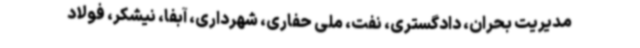
مدیریت بحران، دادگستری، نفت، ملی حفاری، شهرداری، آبفا، نیشکر، فولاد